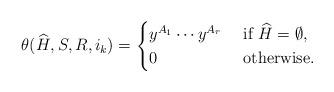
LaTeX: \begin{align*}\theta(\widehat{H},S,{R},i_k) = \begin{cases}y^{A_1} \dotsb y^{A_r} &\textrm{ if } \widehat{H} = \emptyset,\\0 &\textrm{ otherwise.}\end{cases}\end{align*}